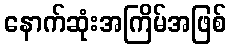
နောက်ဆုံးအကြိမ်အဖြစ်